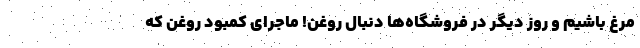
مرغ باشیم و روز دیگر در فروشگاه‌ها دنبال روغن! ماجرای کمبود روغن که